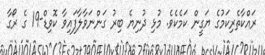
ރައްކާތެރިކަމުގެ ޔަގީން ކަމެކެވެ. މުޅި ދުނިޔެ ބިރު ގަންނަވާލާފައިވާ ކޮވިޑް-19 ގެ ރޯގާ